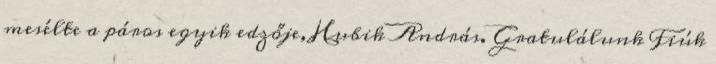
mesélte a páros egyik edzője, Hubik András. Gratulálunk Fiúk